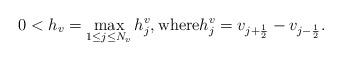
LaTeX: \begin{align*} 0 < h_v = \max_{1 \leq j \leq N_v}h_j^v, \mbox{where} h_j^v = v_{j+\frac{1}{2}} - v_{j - \frac{1}{2}}.\end{align*}